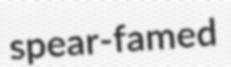
spear-famed